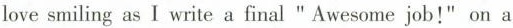
love smiling as I write a final" Awesome job!" on a